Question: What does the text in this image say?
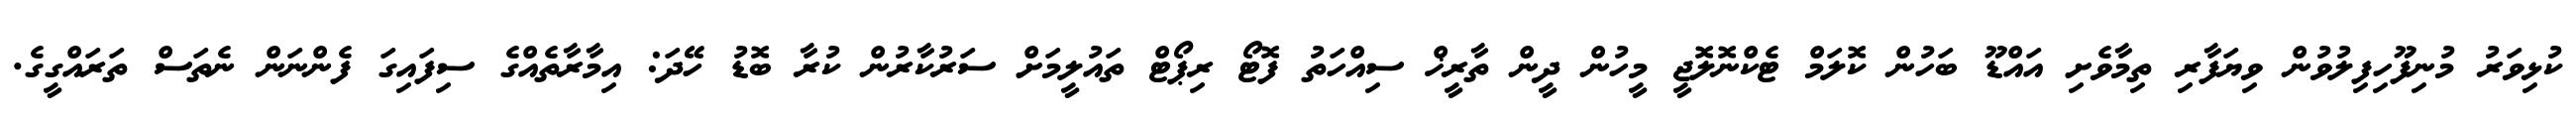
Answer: ކުޅިވަރު މުނިފޫހިފިލުވުން ވިޔަފާރި ތިމާވެށި އައްޑޫ ބަހުން ކޮލަމް ޓެކްނޮލޮޖީ މީހުން ދީން ތާރީޚް ސިއްހަތު ފޮޓޯ ރިޕޯޓް ތައުލީމަށް ސަރުކާރުން ކުރާ ބޮޑު ހޭދަ: އިމާރާތެއްގެ ސިފައިގަ ފެންނަން ނެތަސް ތަރައްގީގެ.